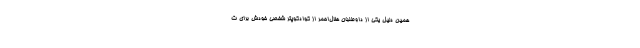
همین دلیل یکی از داوطلبان هلال‌احمر از کوادکوپتر شخصی خودش برای ت